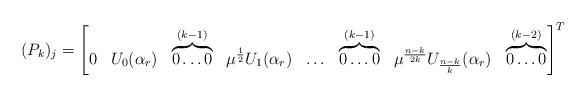
\begin{align*}(P_k)_j=\begin{bmatrix}0 & U_0(\alpha_r) & \overbrace{0 \ldots 0}^{(k-1)} & \mu^{\frac{1}{2}}U_1(\alpha_r) & \ldots & \overbrace{0 \ldots 0}^{(k-1)} & \mu^{\frac{n-k}{2k}} U_{\frac{n-k}{k}}(\alpha_r) & \overbrace{0 \ldots 0}^{(k-2)}\end{bmatrix}^{T} \end{align*}